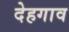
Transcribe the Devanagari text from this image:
देहगाव